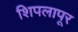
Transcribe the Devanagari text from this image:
शिपलापूर